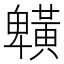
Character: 𪏒